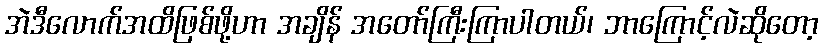
အဲဒီလောက်အထိဖြစ်ဖို့ဟာ အချိန် အတော်ကြီးကြာပါတယ်၊ ဘာကြောင့်လဲဆိုတော့